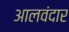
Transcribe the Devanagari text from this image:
आलवंदार